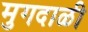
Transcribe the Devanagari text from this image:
मुगदाळी